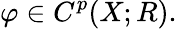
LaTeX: \varphi\in C^{p}(X;R).